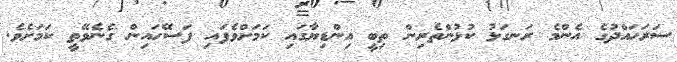
ސަރަހައްދުގެ އެންމެ ރަނގަޅު ކުޅުންތެރިން ތިބީ އިންޑިޔާގައި ކަމަށްވެފައި ފަސޭހައިން ގެނެވޭތީ ކަމަށެވެ.